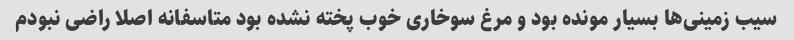
سیب زمینی‌ها بسیار مونده بود و مرغ سوخاری خوب پخته نشده بود متاسفانه اصلا راضی نبودم